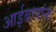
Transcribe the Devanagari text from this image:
आईबापांना